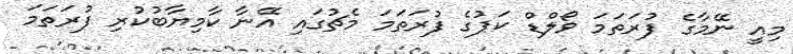
މިއީ ނޭމާގެ ފުރަތަމަ ވޯލްޑް ކަޕުގެ ފުރަތަމަ މެޗުގައި އޭނާ ކާމިޔާބުކުރި ފުރަތަމަ